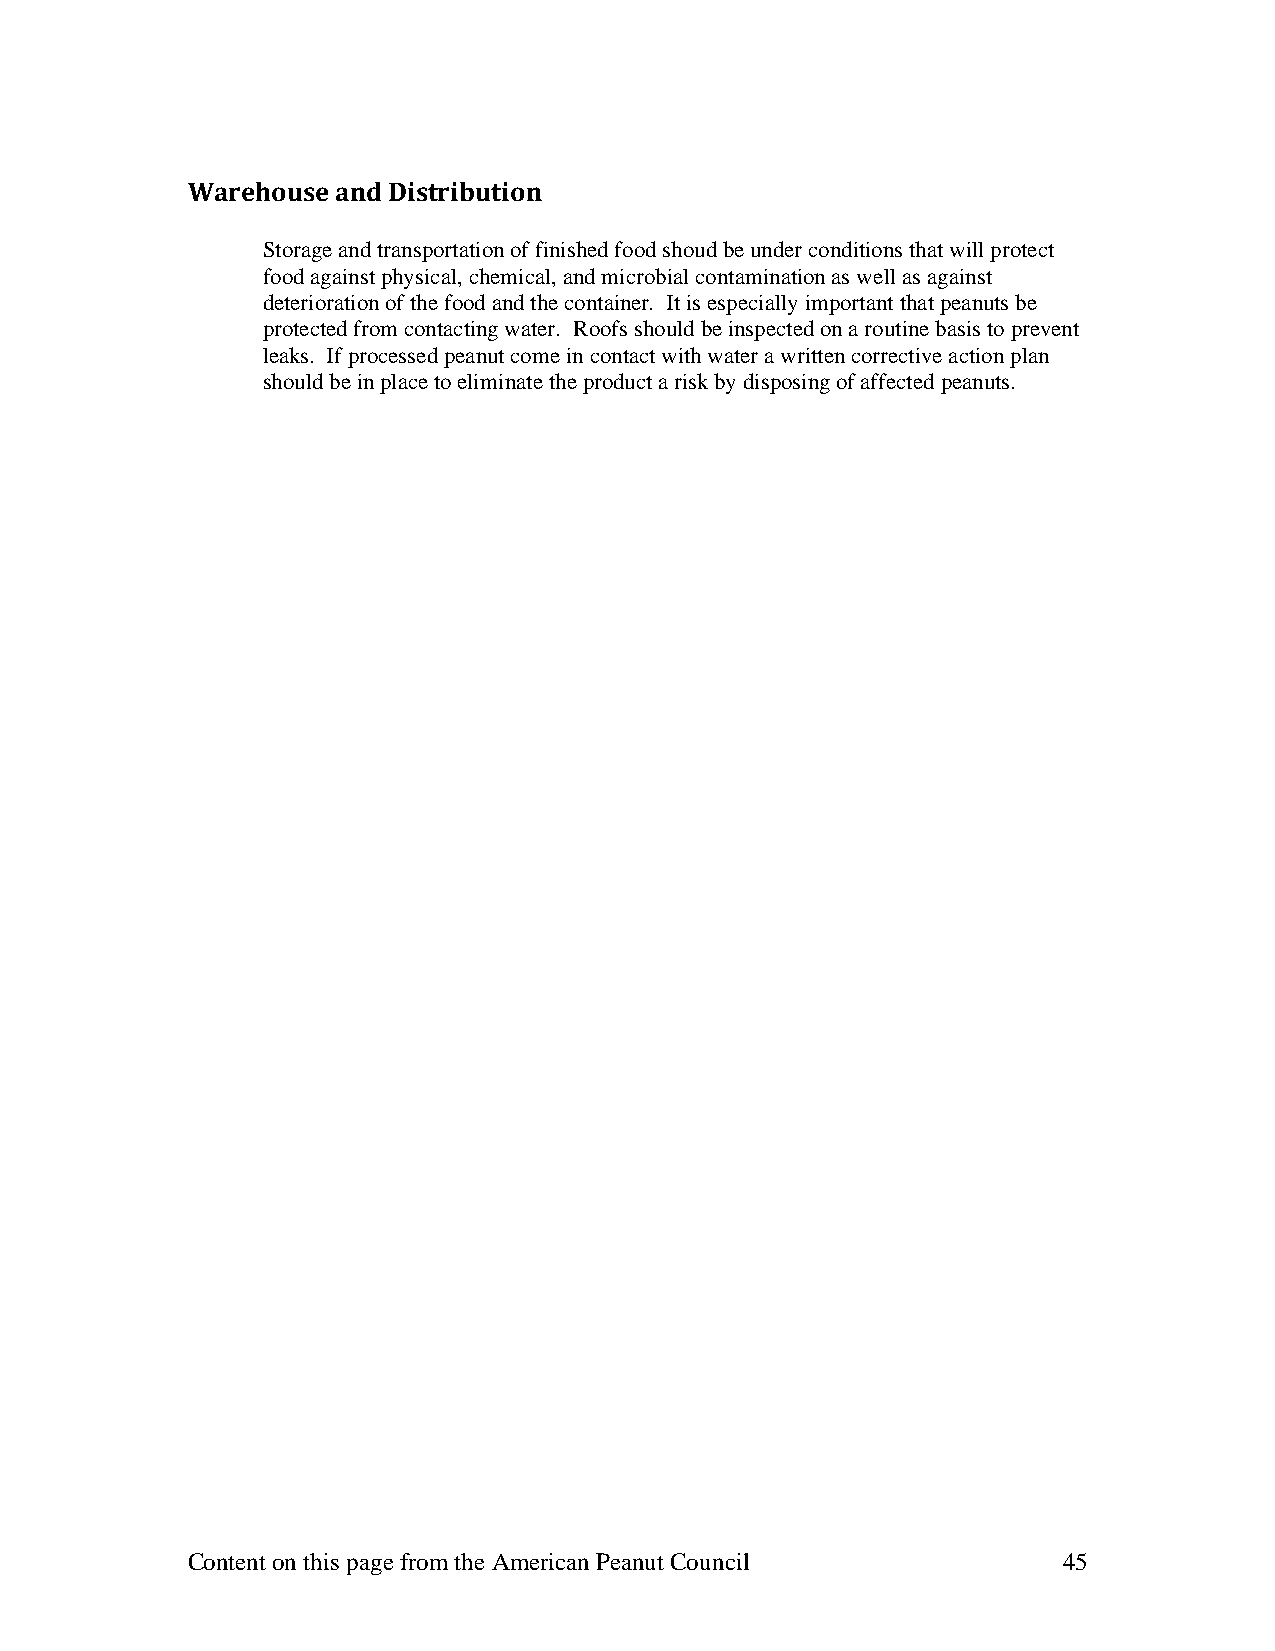
Warehouse and Distribution
 Storage and transportation of finished food shoud be under conditions that will protect
 food against physical, chemical, and microbial contamination as well as against
 deterioration of the food and the container. It is especially important that peanuts be
 protected from contacting water. Roofs should be inspected on a routine basis to prevent
 leaks. If processed peanut come in contact with water a written corrective action plan
 should be in place to eliminate the product a risk by disposing of affected peanuts.
 Content on this page from the American Peanut Council     45